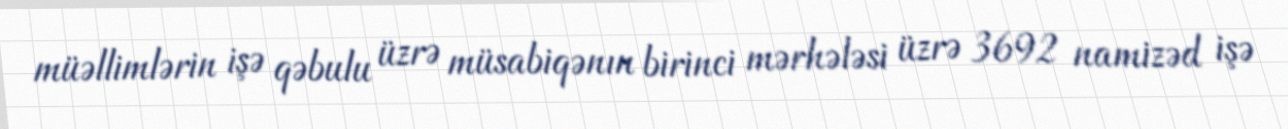
müəllimlərin işə qəbulu üzrə müsabiqənın birinci mərhələsi üzrə 3692 namizəd işə